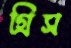
গ্রিস